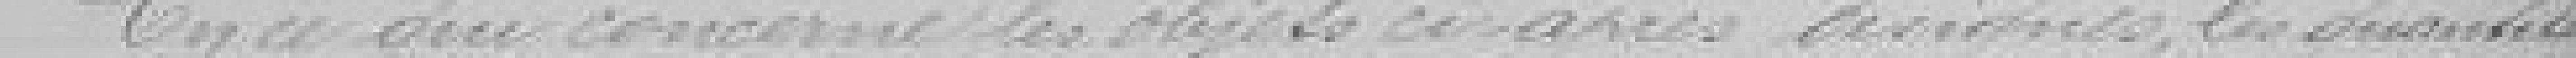
En ce qui concerne les objets ci-après désignés, les quantités